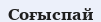
Соғыспай